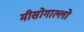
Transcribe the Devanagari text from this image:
मीसोगाल्लो